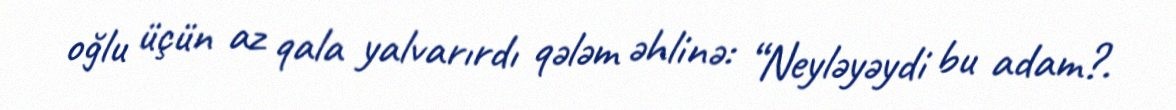
oğlu üçün az qala yalvarırdı qələm əhlinə: “Neyləyəydi bu adam?.